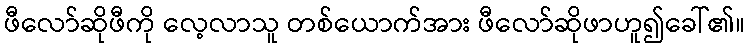
ဖီလော်ဆိုဖီကို လေ့လာသူ တစ်ယောက်အား ဖီလော်ဆိုဖာဟူ၍ခေါ်၏။